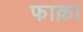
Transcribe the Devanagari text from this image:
फाक़ा